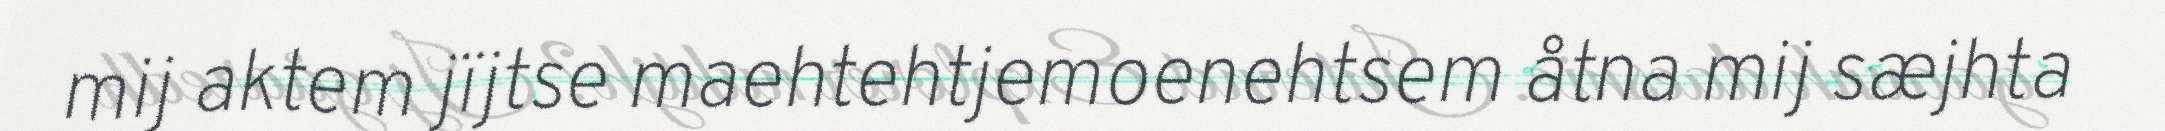
mij aktem jïjtse maehtehtjemoenehtsem åtna mij sæjhta